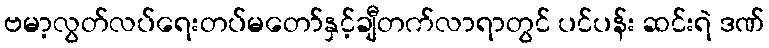
ဗမာ့လွတ်လပ်ရေးတပ်မတော်နှင့်ချီတက်လာရာတွင် ပင်ပန်း ဆင်းရဲ ဒဏ်